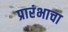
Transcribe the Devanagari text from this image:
प्रारंभाचा